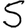
Digit: 5